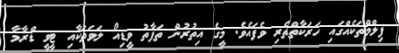
ފިލްމްތަކެއްގައި ހަރަކާތްތެރި ވެފައެވެ. މީގެ އިތުރުން ތަފާތު ވީޑިއޯ ލަވަތަކާއި ޓީވީ ޑްރާމާ